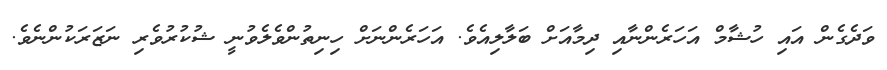
ވަދެގެން އައި ހުޝާމް އަހަރެންނާއި ދިމާއަށް ބަލާލިއެވެ. އަހަރެންނަށް ހިނިތުންވެލެވުނީ ޝުކުރުވެރި ނަޒަރަކުންނެވެ.